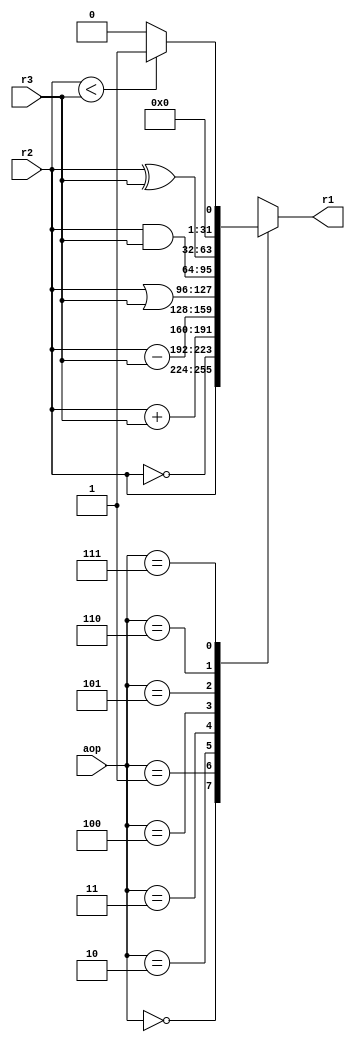
`timescale 1ns / 1ps
//////////////////////////////////////////////////////////////////////////////////
// Company: 
// 
// Design Name: 
// Module Name:    ALU 
// Project Name: 
// Target Devices: 
// Tool versions: 
// Description: 
//
// Dependencies: 
//
// Revision: 
// Revision 0.01 - File Created
// Additional Comments: 
//
//////////////////////////////////////////////////////////////////////////////////

module ALU(r2, r3, aop, r1);
input [31:0] r2; // 32 bit input to ALU
input [31:0] r3; // 32 bit input to ALU
input [2:0] aop; // ALU Operation
output reg[31:0] r1; //ALU Output
always @ (aop or r2 or r3) // Enter the block if either of the inputs are provided
begin
case (aop) //type of ALU operation required
0: r1 = r2; //MOV operation
1: r1 = ~r2; // NOT operation
2: r1 = r2+r3; //ADD operation
3: r1 = r2-r3; //SUB operation
4: r1 = r2|r3; //OR operation
5: r1 = r2&r3; // AND operation
6: r1 = r2^r3; // XOR operation
7: r1 = (r2<r3) ? 1:0; //SLT Operation
endcase
end
endmodule